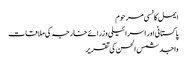
ایمل کانسی مرحوم
پاکستانی اور اسرائیلی وزرائے خارجہ کی ملاقات
واجد شمس الحسن کی تقریر